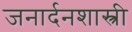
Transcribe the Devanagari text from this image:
जनार्दनशास्त्री